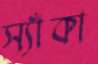
স্যাঁকা